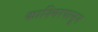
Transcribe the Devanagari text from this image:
काश्मिरपासून